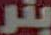
بنر